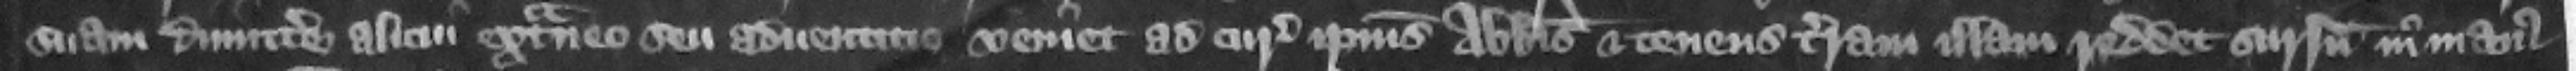
suam dimittere alicui extraneo su aduenticio veniet ad curiam ipsius abbatis et tenens terram illam reddet sursum in manus